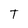
Character: T